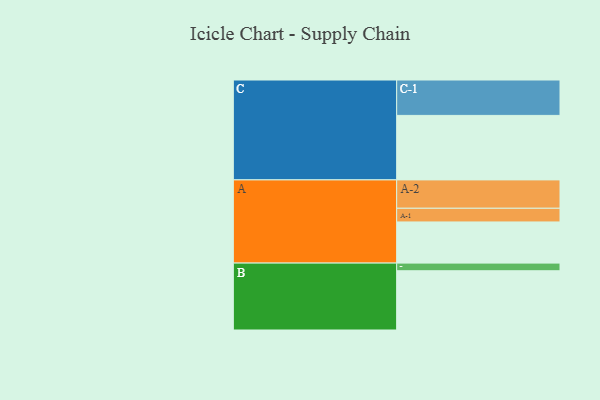
{"axis": {"x": "Segment", "y": "Value"}, "legend": ["", "A", "B", "C"], "data": [{"x": "A", "y": 328, "type": ""}, {"x": "B", "y": 472, "type": ""}, {"x": "C", "y": 514, "type": ""}, {"x": "A-1", "y": 109, "type": "A"}, {"x": "A-2", "y": 226, "type": "A"}, {"x": "B-1", "y": 61, "type": "B"}, {"x": "C-1", "y": 282, "type": "C"}]}